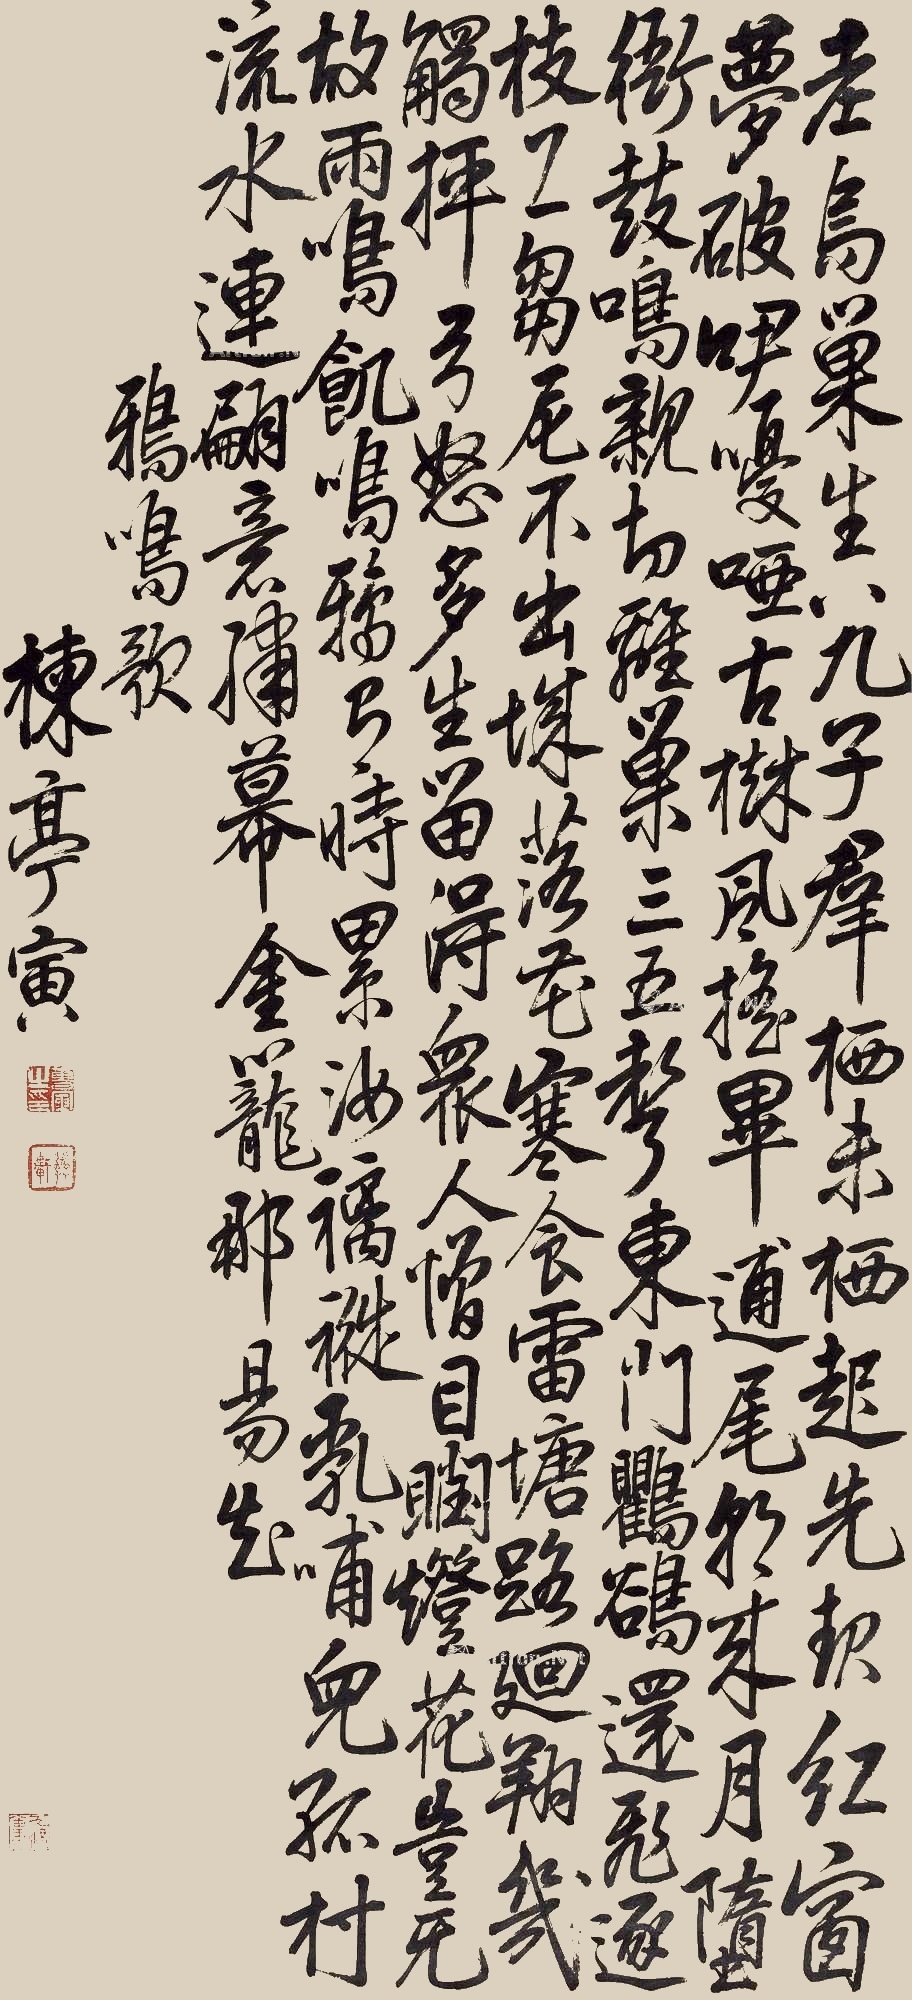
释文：老乌巢生八九子，群栖未栖起先起。红窗梦破咿嚘哑，古树风摇毕逋尾。朝来月堕衙鼓鸣，亲切离巢三五声。东门鸜鹆还飞逐，枝上刍尼不出城。落花寒食雷塘路，回翔几触抨弓怒。多生留得众人憎，目𥆧灯花岂无故。雨鸣饥鸣鸦有时，累汝褵褷乳哺儿。孤村流水连翩意，绣幕金笼那易知。鸦鸣歌。楝亭寅。